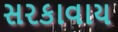
સરકાવાય